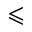
\leqslant